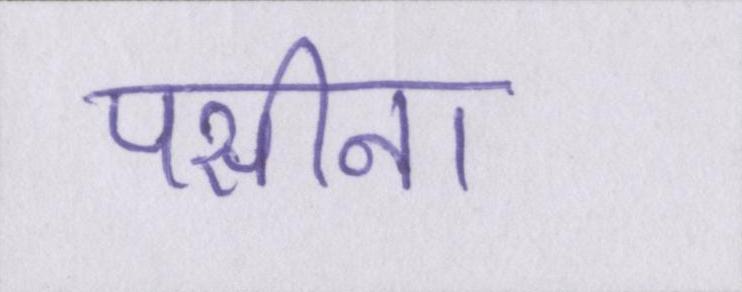
पसीना